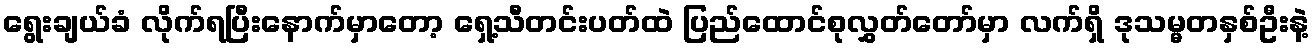
ရွေးချယ်ခံ လိုက်ရပြီးနောက်မှာတော့ ရှေ့သီတင်းပတ်ထဲ ပြည်ထောင်စုလွှတ်တော်မှာ လက်ရှိ ဒုသမ္မတနှစ်ဦးနဲ့